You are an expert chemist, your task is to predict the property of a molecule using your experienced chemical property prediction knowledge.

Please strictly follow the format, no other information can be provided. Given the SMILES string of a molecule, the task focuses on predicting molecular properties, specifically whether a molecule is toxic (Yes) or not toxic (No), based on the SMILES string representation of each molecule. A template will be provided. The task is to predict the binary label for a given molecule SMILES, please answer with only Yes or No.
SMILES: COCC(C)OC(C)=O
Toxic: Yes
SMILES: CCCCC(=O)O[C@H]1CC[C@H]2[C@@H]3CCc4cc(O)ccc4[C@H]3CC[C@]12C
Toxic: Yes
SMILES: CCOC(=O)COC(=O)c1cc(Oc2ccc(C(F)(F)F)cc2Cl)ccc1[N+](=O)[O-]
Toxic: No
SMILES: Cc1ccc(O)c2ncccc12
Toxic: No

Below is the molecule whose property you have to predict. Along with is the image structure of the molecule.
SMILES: CC(CN(C)C)C(C)(O)Cc1ccc(Cl)cc1
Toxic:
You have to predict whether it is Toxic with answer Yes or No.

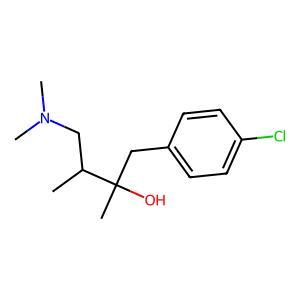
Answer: No